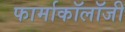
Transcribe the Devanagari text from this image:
फार्माकॉलॉजी